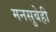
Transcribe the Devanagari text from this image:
मनसुबेही